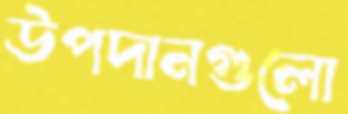
উপদানগুলো